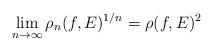
LaTeX: \begin{align*}\lim_{n\to\infty}\rho_n(f, E)^{1/n}= \rho(f, E)^2\end{align*}